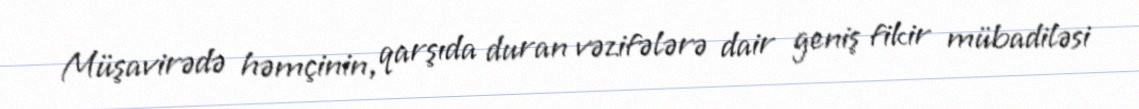
Müşavirədə həmçinin, qarşıda duran vəzifələrə dair geniş fikir mübadiləsi